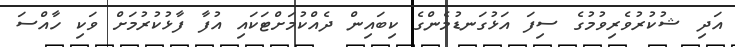
އަދި ޝުކުރުވެރިވުމުގެ ސިފަ އަޅުގަނޑުމެންގެ ކިބައިން ދެއްކުމަށްޓަކައި އުފާ ފާޅުކުރުމަށް ވަކި ހާއްސަ